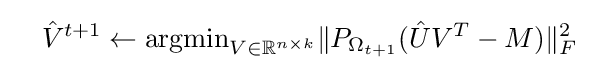
\quad {\hat {V}}^{t+1}\leftarrow {\text{argmin}}_{V\in \mathbb {R} ^{n\times k}}\|P_{\Omega _{t+1}}({\hat {U}}V^{T}-M)\|_{F}^{2}